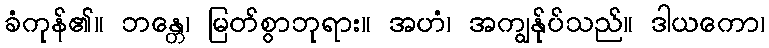
ခံကုန်၏။ ဘန္တေ၊ မြတ်စွာဘုရား။ အဟံ၊ အကျွန်ုပ်သည်။ ဒါယကော၊